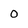
Character: O